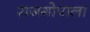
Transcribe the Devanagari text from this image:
राजगोपाला